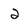
Character: 2